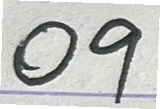
09